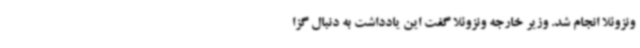
ونزوئلا انجام شد. وزیر خارجه ونزوئلا گفت این یادداشت به دنبال گزا